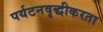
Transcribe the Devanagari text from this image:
पर्यटनवृद्धीकरता